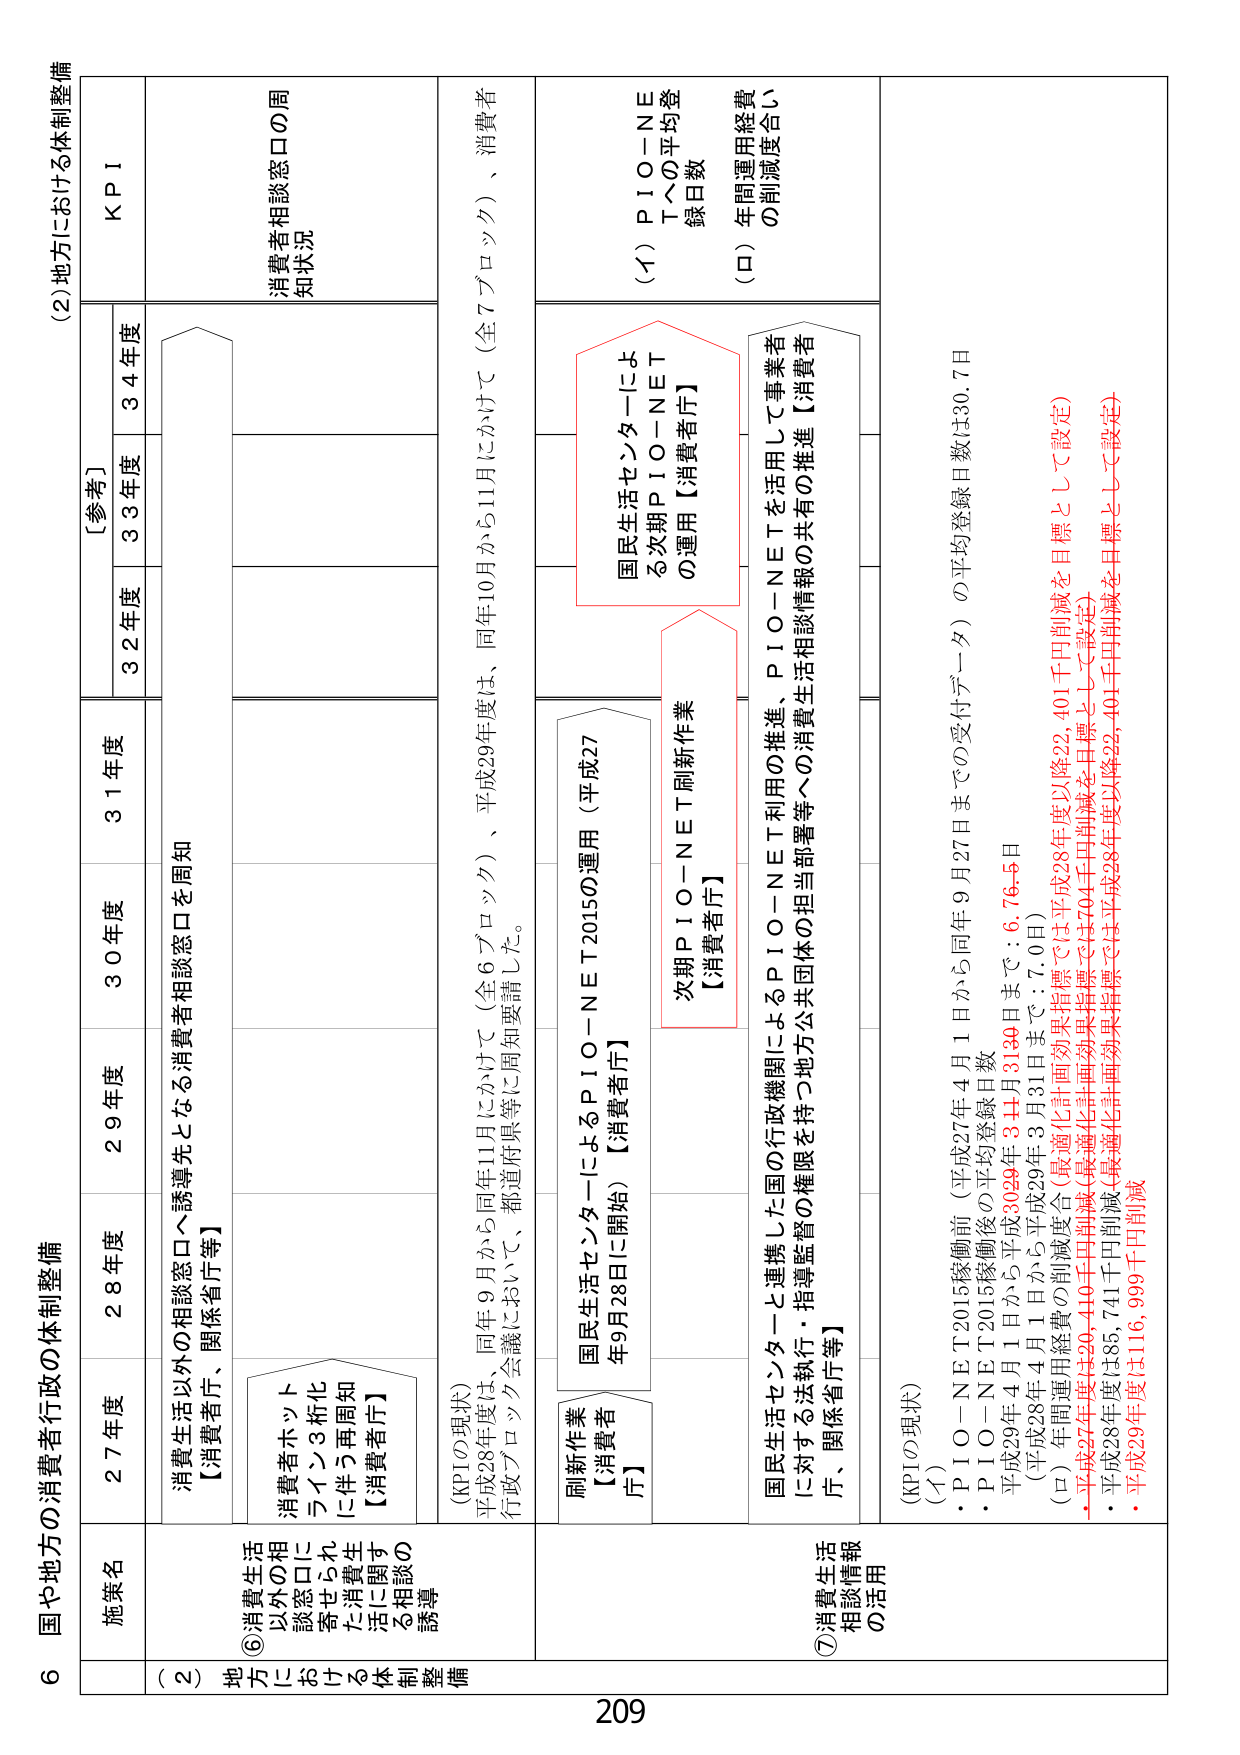
6 国や地方の消費者行政の体制整備

(2) 地方における体制整備

施策名
27年度
28年度
29年度
30年度
31年度
[参考]
32年度
33年度
34年度
KPI

(2) 地方における体制整備
⑥ 消費生活以外の相談窓口に寄せられた消費生活に関する相談の誘導
消費者生活以外の相談窓口へ誘導先となる消費者相談窓口を周知
【消費者庁、関係省庁等】
消費者ホットライン3桁化に伴う再周知【消費者庁】
(KPIの現状)
平成28年度は、同年9月から同年11月にかけて（全6ブロック）、平成29年度は、同年10月から11月にかけて（全7ブロック）、消費者行政ブロック会議において、都道府県等に周知要請した。
消費者相談窓口の周知状況

刷新作業【消費者庁】
国民生活センターによるPIO-NET2015の運用（平成27年9月28日に開始）【消費者庁】
次期PIO-NET刷新作業【消費者庁】
国民生活センターにによる次期PIO-NETの運用【消費者庁】
(イ) PIO-NETへの平均登録日数
(ロ) 年間運用総費の削減度合い

⑦ 消費生活相談情報の活用
国民生活センターと連携した国の行政機関によるPIO-NET利用の推進、PIO-NETを活用して事業者に対する法執行・指導監督の権限を持つ地方公共団体の担当部署等への消費生活相談情報の共有の推進【消費者庁、関係省庁等】
(KPIの現状)
(イ)
・PIO-NET2015稼働前（平成27年4月1日から同年9月27日までの受付データ）の平均登録日数は30.7日
・PIO-NET2015稼働後の平均登録日数
平成29年4月1日から平成30年3月31日まで：6.76.5日
(平成28年4月1日から平成29年3月31日まで：7.0日)
(ロ) 年間運用総費の削減度合（最適化計画効果指標では平成28年度以降22,401千円削減を目標として設定）
・平成27年度は26,410千円削減（最適化計画効果指標では704千円削減を目標として設定）
・平成28年度は85,741千円削減（最適化計画効果指標では平成28年度以降22,401千円削減を目標として設定）
・平成29年度は116,999千円削減

209